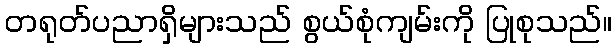
တရုတ်ပညာရှိများသည် စွယ်စုံကျမ်းကို ပြုစုသည်။